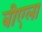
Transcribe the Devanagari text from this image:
बीएला